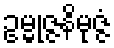
ဥမ္မုဇ္ဇနိမုဇ္ဇံ